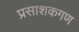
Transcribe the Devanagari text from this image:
प्रसाशकगण